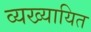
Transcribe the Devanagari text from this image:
व्यख्यायित